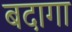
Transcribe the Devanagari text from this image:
बदागा